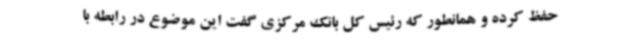
حفظ کرده و همانطور که رئیس کل بانک مرکزی گفت این موضوع در رابطه با